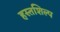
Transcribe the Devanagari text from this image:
हस्तशिल्‍प